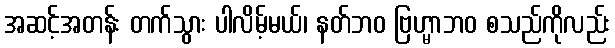
အဆင့်အတန်း တက်သွား ပါလိမ့်မယ်၊ နတ်ဘဝ ဗြဟ္မာဘဝ စသည်ကိုလည်း